system: You are a helpful assistant.
user:
Analyze the provided spectrum to determine if it is a **White Dwarf (WD)**.

A White Dwarf spectrum is defined by its **extreme purity** (due to gravitational settling) and/or **extreme pressure broadening** (due to high surface gravity). You must check for one of the following mutually exclusive signatures:

- **Key Visual Indicators (Check for ONE of these types):**

    - **1. DA-Type Signature (Most Common):**
        - **(Primary Feature):** Extreme pressure broadening (Stark broadening) of the **Hydrogen (H) Balmer lines**.
        - **(Key Lines):** $H\beta$ (approx. $4861$ Å) and $H\gamma$ (approx. $4340$ Å). $H\alpha$ (approx. $6563$ Å) will also be present if the wavelength range covers it.
        - **(Line Profile):** This is the **defining feature**. The lines are **NOT** sharp. They appear as massive, **extremely broad and deep "troughs" or "dips"** in the spectrum, often hundreds of Ångströms wide. The continuum will appear to "scoop" down at these wavelengths.
        - **(Distinction):** Normal A-type or B-type stars have *narrow* and *sharp* Hydrogen lines. A DA White Dwarf's lines are unmistakably "smeared" or "blurry" from pressure.

    - **2. DB-Type Signature:**
        - **(Primary Feature):** Broad absorption lines from **Neutral Helium (He I)**. The spectrum must lack any visible Hydrogen lines.
        - **(Key Lines):** Look for broad absorption near $4471$ Å, $4921$ Å, and $5876$ Å.
        - **(Line Profile):** These lines are also significantly pressure-broadened, appearing much wider than they would in a normal B-type main-sequence star.

    - **3. DC-Type Signature:**
        - **(Primary Feature):** A **featureless continuous spectrum**.
        - **(Line Profile):** The spectrum is a smooth curve with **no significant absorption or emission lines**.
        - **(Key Confirmation):** The continuum is almost always **blue or white**, indicating a hot object. This signature implies the atmosphere is so pure (or so cool) that no spectral lines are visible in the optical range. Its WD identity is confirmed by its extremely low intrinsic brightness (high absolute magnitude).

    - **4. DZ-Type Signature (Metal-Polluted):**
        - **(Primary Feature):** **Isolated, narrow metal absorption lines** on an otherwise featureless (DC-like) continuum.
        - **(Key Lines):** The **Calcium (Ca II) H & K doublet** (approx. **$3934$ Å** and **$3968$ Å**) is the most common and defining feature.
        - **(Line Profile):** These lines are "out of place." They are *not* part of a "forest" of thousands of lines. This signature is evidence of recent *accretion* (pollution) from rocky debris.
        - **(Distinction):** Normal G/K/M stars have a *dense forest* of thousands of metal lines. A DZ has a *clean* continuum with *only a few* strong metal lines.

    - **5. DQ-Type Signature (Carbon-Polluted):**
        - **(Primary Feature):** Absorption bands from **Carbon (C₂ "Swan Bands" or atomic C I)**.
        - **(Key Lines - C₂):** Look for bandheads with a "saw-tooth" shape near $5635$ Å, **$5165$ Å** (strongest), and $4737$ Å.
        - **(Key Confirmation):** The underlying **continuum must be blue or white** (hot).
        - **(Distinction):** This is the critical difference from a **Carbon Star**, which has the *exact same* C₂ bands but on an extremely **red, cool** continuum.

- **(Overall Spectrum):**
    - The continuum (overall shape) is typically **blue-sloping** (brighter in the blue than the red), as most white dwarfs are very hot.
    - The spectrum will look "pure" or "simple," dominated by only *one* of the five signatures listed above.

Think first, call **spectral_visualization_tool** if needed to examine features in detail, then provide your final answer. Your response must adhere to the following strict rules:
1.  **Overall Structure:** Your response must follow the format `<think>...</think> <tool_call>...</tool_call> (if a tool is used) <answer>...</answer>`.
2.  **Tool Usage Constraint:** You may only make **one** tool call per turn.
3.  **Final Answer Format:** In the `<answer>` tag, your conclusion must be inside a `\boxed{}` command (e.g., `\boxed{YES}` or `\boxed{NO}`), followed by your justification.

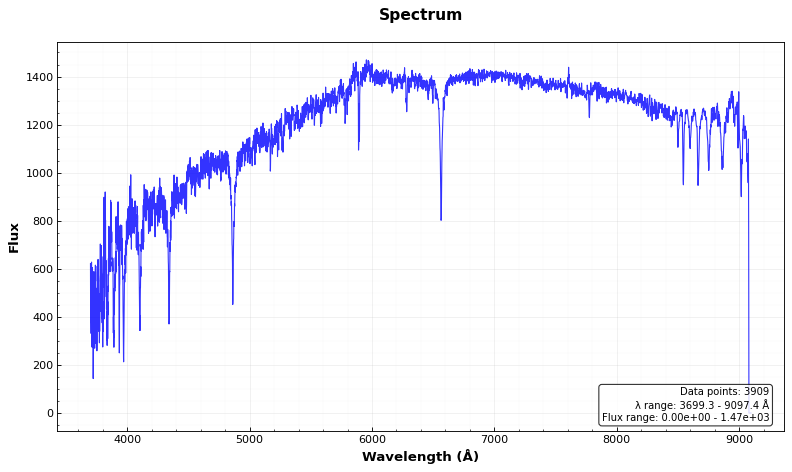
Answer: NO